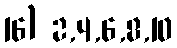
16) 2,4,6,8,10